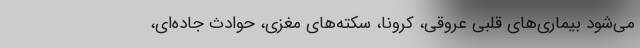
می‌شود بیماری‌های قلبی عروقی، کرونا، سکته‌های مغزی، حوادث جاده‌ای،